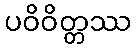
ပဝိဝိတ္တဿ